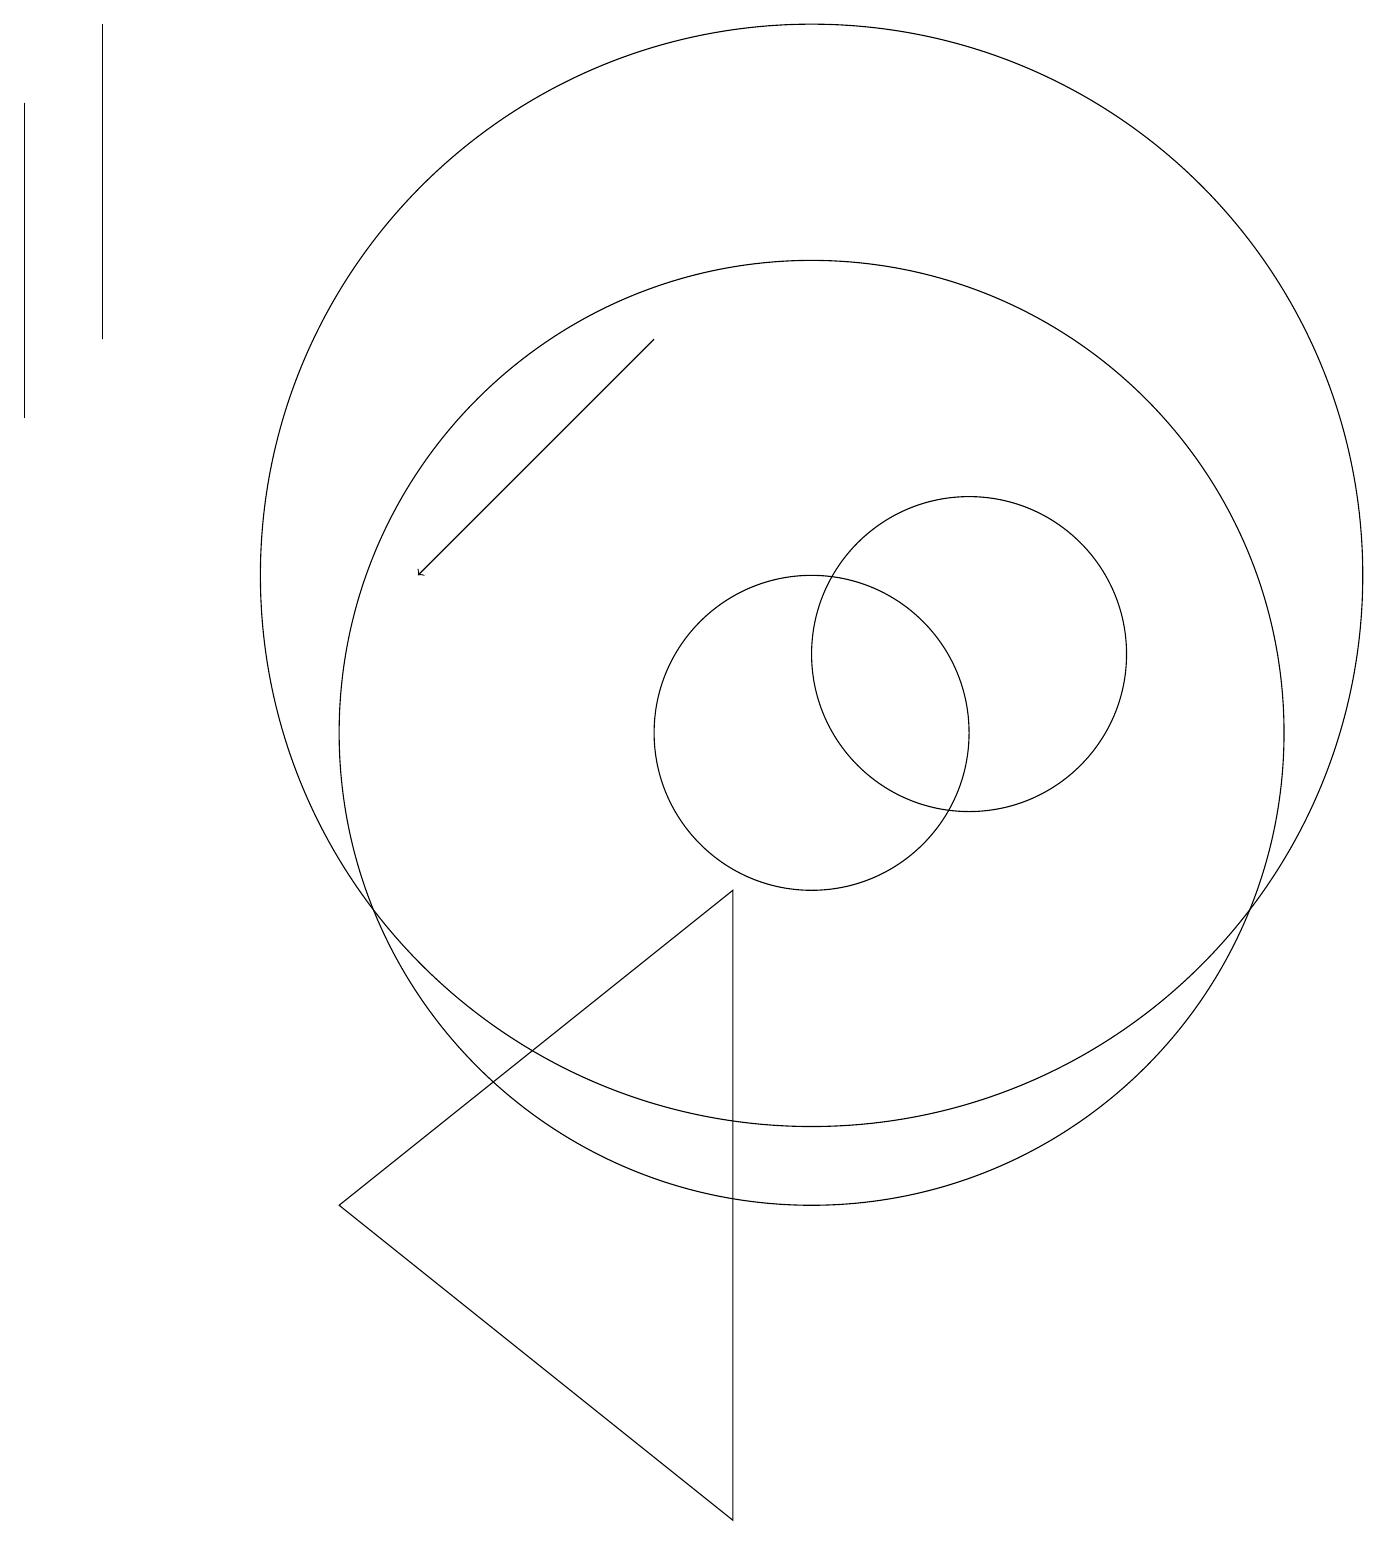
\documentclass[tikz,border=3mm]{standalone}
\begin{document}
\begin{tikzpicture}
\draw (0,18) rectangle (0,14);
\draw (1,19) rectangle (1,15);
\draw (12,11) circle (2);
\draw (9,0) -- (4,4) -- (9,8) -- cycle;
\draw (10,10) circle (6);
\draw (10,10) circle (2);
\draw (10,12) circle (7);
\draw[->] (8,15) -- (5,12);
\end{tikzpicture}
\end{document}